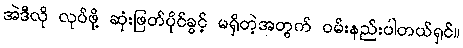
အဲဒီလို လုပ်ဖို့ ဆုံးဖြတ်ပိုင်ခွင့် မရှိတဲ့အတွက် ဝမ်းနည်းပါတယ်ရှင်။